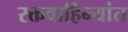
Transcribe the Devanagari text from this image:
रक्तवाहिन्यांत